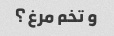
و تخم مرغ؟